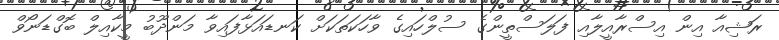
ރަޝިއާ އިން އިސްރާއީލާއި ފަލަސްތީންގެ ސުލްހައިގެ ވާހަކަތަކަށް ކަނޑައަޅާފައިވާ މަންދޫބު މީކާއިލް ބޮގްޑަނޯވް